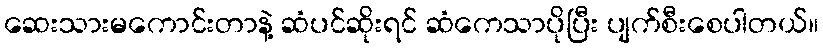
ဆေးသားမကောင်းတာနဲ့ ဆံပင်ဆိုးရင် ဆံကေသာပိုပြီး ပျက်စီးစေပါတယ်။